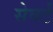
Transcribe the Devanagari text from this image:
सेवर्ट